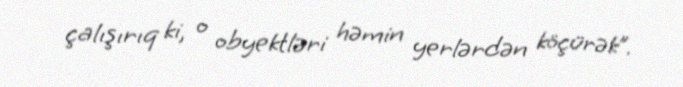
çalışırıq ki, o obyektləri həmin yerlərdən köçürək”.